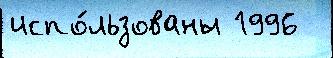
испо́льзованы 1996